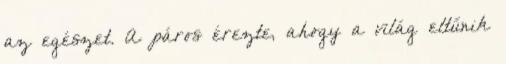
az egészet. A páros érezte, ahogy a világ eltűnik